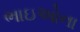
ભાઇઓના